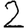
Digit: 2